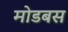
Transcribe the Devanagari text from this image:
मोडबस